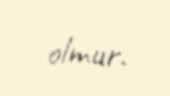
olmur.